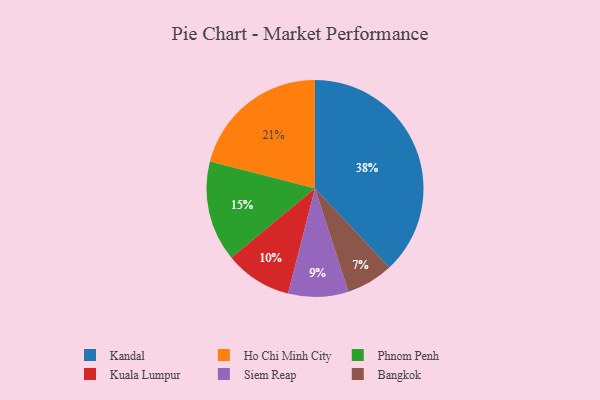
{"axis": {"x": "Category", "y": "Percentage"}, "legend": ["Bangkok", "Ho Chi Minh City", "Kandal", "Kuala Lumpur", "Phnom Penh", "Siem Reap"], "data": [{"x": "Siem Reap", "y": 9, "type": "Siem Reap"}, {"x": "Phnom Penh", "y": 15, "type": "Phnom Penh"}, {"x": "Kandal", "y": 38, "type": "Kandal"}, {"x": "Bangkok", "y": 7, "type": "Bangkok"}, {"x": "Ho Chi Minh City", "y": 21, "type": "Ho Chi Minh City"}, {"x": "Kuala Lumpur", "y": 10, "type": "Kuala Lumpur"}]}